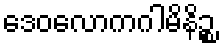
ဒေဝလောကဂါမိနိဉ္စ